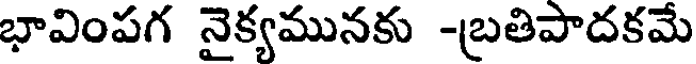
భావింపగ నైక్యమునకు -బతిపాదకమే